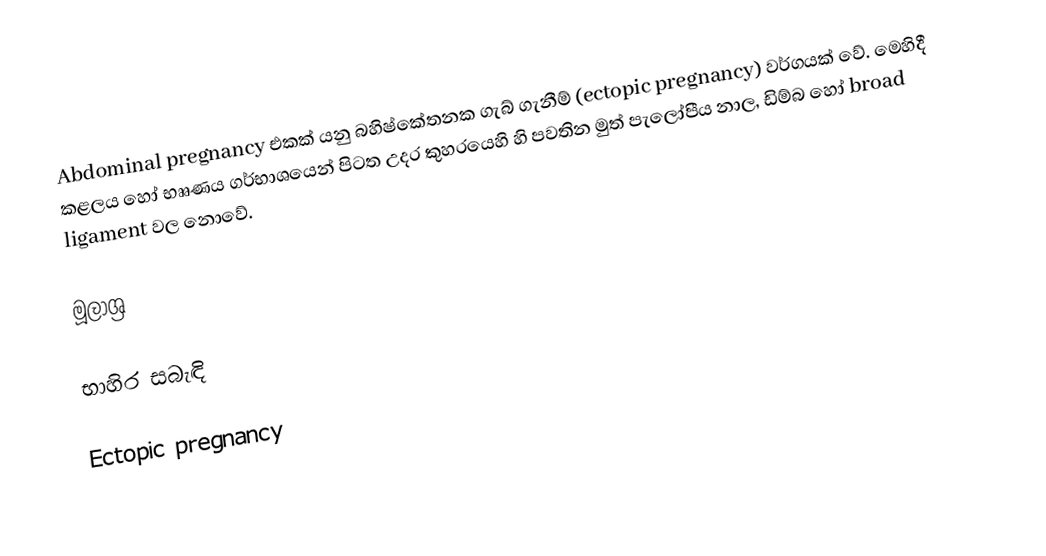
Abdominal pregnancy එකක් යනු බහිෂ්කේතනක ගැබ් ගැනීම් (ectopic pregnancy) වර්ගයක් වේ. මෙහිදී කළලය හෝ භෲණය ගර්භාශයෙන් පිටත උදර කුහරයෙහි හි පවතින මුත් පැලෝපීය නාල, ඩිම්බ හෝ broad ligament වල නොවේ.

මූලාශ්‍ර

භාහිර සබැඳි

Ectopic pregnancy